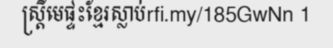
ស្ត្រីមេផ្ទះខ្មែរស្លាប់rfi.my/185GwNn 1